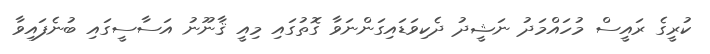
ކުރީގެ ރައީސް މުހައްމަދު ނަޝީދު ދެކިވަޑައިގަންނަވާ ގޮތުގައި މިއީ ޤާނޫނު އަސާސީގައި ބުނެފައިވާ